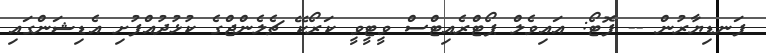
ފަނޑިޔާރުން -- ފޮޓޯ: އައިވެލް ޕޯޓްރެއިޓްސް ވީޓީވީ ކަރޯކޭ ޗެލެންޖްގެ ކުޅުދުއްފުށި އެޑިޝަންގައި